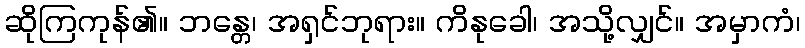
ဆိုကြကုန်၏။ ဘန္တေ၊ အရှင်ဘုရား။ ကိနုခေါ၊ အသို့လျှင်။ အမှာကံ၊